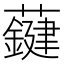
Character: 𧃑